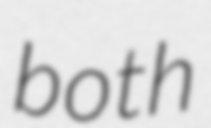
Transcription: both